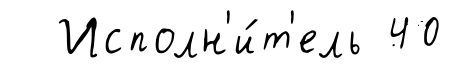
Исполн'и́т'ель 40